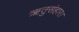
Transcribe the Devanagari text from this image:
ऋतुसंहार।